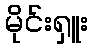
မိုင်းရှူး